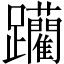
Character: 躪